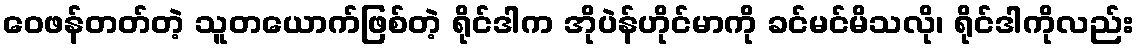
ဝေဖန်တတ်တဲ့ သူတယောက်ဖြစ်တဲ့ ရိုင်ဒါက အိုပဲန်ဟိုင်မာကို ခင်မင်မိသလို၊ ရိုင်ဒါကိုလည်း